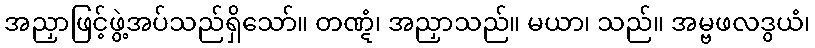
အညှာဖြင့်ဖွဲ့အပ်သည်ရှိသော်။ တဏ္ဋံ၊ အညှာသည်။ မယာ၊ သည်။ အမ္ဗဖလဒွယံ၊